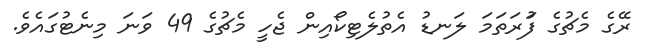
ރޭގެ މެޗުގެ ފަުރަތަމަ ލަނޑު އެތުލެޓިކޯއިން ޖެހީ މެޗުގެ 49 ވަނަ މިނެޓުގައެވެ.